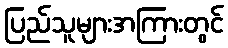
ပြည်သူများအကြားတွင်